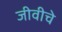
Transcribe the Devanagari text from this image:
जीवीचे